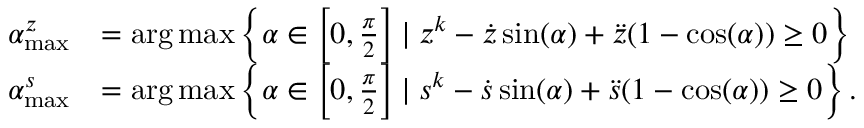
\begin{array} { r l } { \alpha _ { \operatorname* { m a x } } ^ { z } } & { = \arg \operatorname* { m a x } \left\{ \alpha \in \left[ 0 , \frac { \pi } { 2 } \right] \mid z ^ { k } - \dot { z } \sin ( \alpha ) + \ddot { z } ( 1 - \cos ( \alpha ) ) \ge 0 \right\} } \\ { \alpha _ { \operatorname* { m a x } } ^ { s } } & { = \arg \operatorname* { m a x } \left\{ \alpha \in \left[ 0 , \frac { \pi } { 2 } \right] \mid s ^ { k } - \dot { s } \sin ( \alpha ) + \ddot { s } ( 1 - \cos ( \alpha ) ) \ge 0 \right\} . } \end{array}